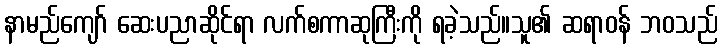
နာမည်ကျော် ဆေးပညာဆိုင်ရာ လက်စကာဆုကြီးကို ရခဲ့သည်။သူ၏ ဆရာဝန် ဘဝသည်